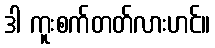
ဒါ ကူးစက်တတ်လားဟင်။